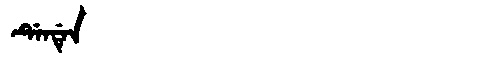
Manchu: ᡩᡝᠠᡩᡝᠨ
Romanization: DEADEN